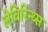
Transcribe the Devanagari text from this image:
लेबिरिन्थ्स